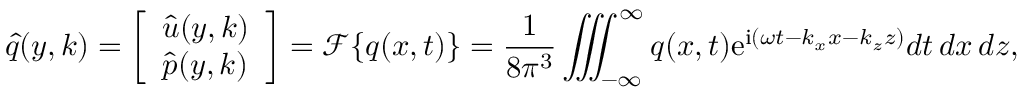
\boldsymbol { \hat { q } } ( y , \boldsymbol { k } ) = \left[ \begin{array} { l } { \boldsymbol { \hat { u } } ( y , \boldsymbol { k } ) } \\ { \hat { p } ( y , \boldsymbol { k } ) } \end{array} \right] = \mathscr { F } \{ \boldsymbol { q } ( \boldsymbol { x } , t ) \} = \frac { 1 } { 8 \pi ^ { 3 } } \iiint _ { - \infty } ^ { \infty } \boldsymbol { q } ( \boldsymbol { x } , t ) \mathrm { e } ^ { \mathrm { i } ( \omega t - k _ { x } x - k _ { z } z ) } d t \, d x \, d z ,